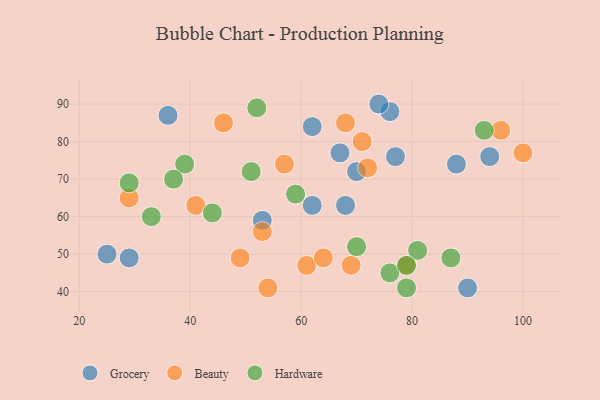
{"axis": {"x": "GDP", "y": "Life Expectancy"}, "legend": ["Beauty", "Grocery", "Hardware"], "data": [{"x": "67", "y": 77, "type": "Grocery"}, {"x": "68", "y": 63, "type": "Grocery"}, {"x": "76", "y": 88, "type": "Grocery"}, {"x": "74", "y": 90, "type": "Grocery"}, {"x": "70", "y": 72, "type": "Grocery"}, {"x": "62", "y": 63, "type": "Grocery"}, {"x": "77", "y": 76, "type": "Grocery"}, {"x": "94", "y": 76, "type": "Grocery"}, {"x": "62", "y": 84, "type": "Grocery"}, {"x": "53", "y": 59, "type": "Grocery"}, {"x": "29", "y": 49, "type": "Grocery"}, {"x": "25", "y": 50, "type": "Grocery"}, {"x": "88", "y": 74, "type": "Grocery"}, {"x": "36", "y": 87, "type": "Grocery"}, {"x": "90", "y": 41, "type": "Grocery"}, {"x": "49", "y": 49, "type": "Beauty"}, {"x": "53", "y": 56, "type": "Beauty"}, {"x": "57", "y": 74, "type": "Beauty"}, {"x": "46", "y": 85, "type": "Beauty"}, {"x": "61", "y": 47, "type": "Beauty"}, {"x": "69", "y": 47, "type": "Beauty"}, {"x": "72", "y": 73, "type": "Beauty"}, {"x": "79", "y": 47, "type": "Beauty"}, {"x": "64", "y": 49, "type": "Beauty"}, {"x": "29", "y": 65, "type": "Beauty"}, {"x": "41", "y": 63, "type": "Beauty"}, {"x": "96", "y": 83, "type": "Beauty"}, {"x": "100", "y": 77, "type": "Beauty"}, {"x": "71", "y": 80, "type": "Beauty"}, {"x": "54", "y": 41, "type": "Beauty"}, {"x": "68", "y": 85, "type": "Beauty"}, {"x": "76", "y": 45, "type": "Hardware"}, {"x": "87", "y": 49, "type": "Hardware"}, {"x": "81", "y": 51, "type": "Hardware"}, {"x": "93", "y": 83, "type": "Hardware"}, {"x": "29", "y": 69, "type": "Hardware"}, {"x": "39", "y": 74, "type": "Hardware"}, {"x": "52", "y": 89, "type": "Hardware"}, {"x": "70", "y": 52, "type": "Hardware"}, {"x": "59", "y": 66, "type": "Hardware"}, {"x": "79", "y": 41, "type": "Hardware"}, {"x": "44", "y": 61, "type": "Hardware"}, {"x": "51", "y": 72, "type": "Hardware"}, {"x": "37", "y": 70, "type": "Hardware"}, {"x": "33", "y": 60, "type": "Hardware"}, {"x": "79", "y": 47, "type": "Hardware"}]}